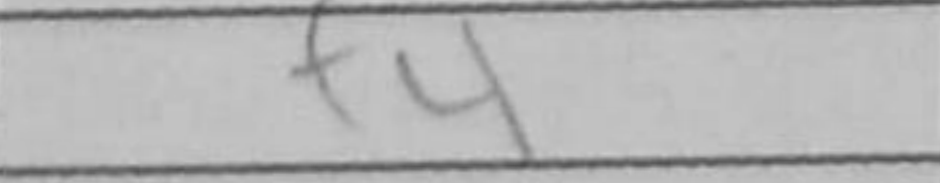
Transcription: f4